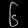
Digit: ၆